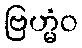
ဗြဟ္မံဝ